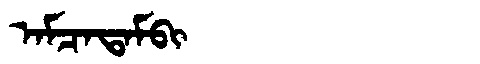
Manchu: ᠠᠮᠴᠠᡨᠠᠮᠪᡳ
Romanization: AMCATAMBI